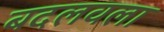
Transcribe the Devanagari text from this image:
बदलवला